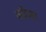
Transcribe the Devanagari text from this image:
व्‍हील्‍स